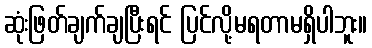
ဆုံးဖြတ်ချက်ချပြီးရင် ပြင်လို့မရတာမရှိပါဘူး။